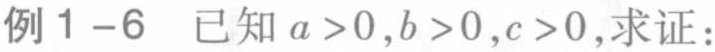
例1-6 已知 \(a > 0,b > 0,c > 0\), 求证：